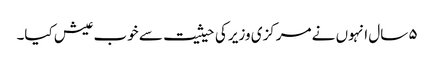
۵ سال انہوں نے مرکزی وزیر کی حیثیت سے خوب عیش کیا۔